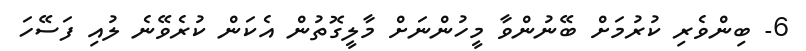
6- ބިންވެރި ކުރުމަށް ބޭނުންވާ މީހުންނަށް މާލީގޮތުން އެކަން ކުރެވޭނެ ލުއި ފަސޭހަ